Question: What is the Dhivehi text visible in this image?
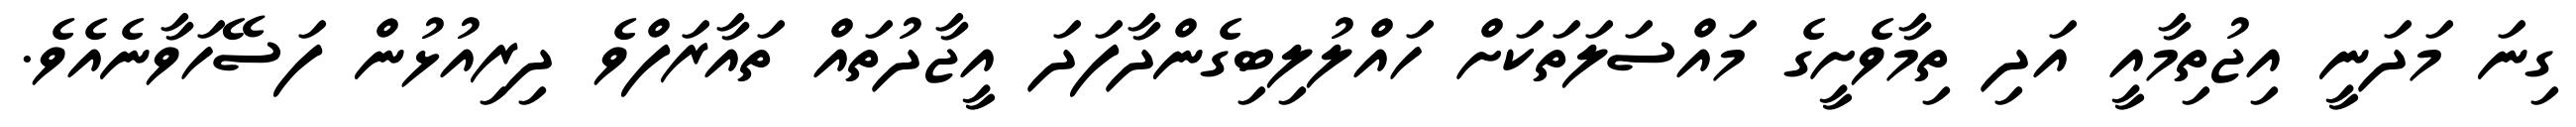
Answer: ގިނަ މަދަނީ އިޖުތިމާއީ އަދި ތިމާވެށީގެ މައްސަލަތަކަށް ހައްލުލިބިގެންދާފަދަ އީޖާދުތައް ތައާރަފްވެ ދިރިއުޅުން ފަސޭހަވާނެއެވެ.